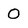
Character: 0